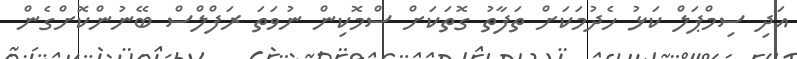
އަދި ސިމްޕަލް ކަޅު ހެދުމަކަށް ތަފާތު ގޮތަކަށް ސްމޮކިން ނުވަތަ ރަފްލްސް ބޭނުންކޮށްގެން